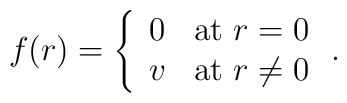
f(r) = \left\{\begin{array}{ll}0 & \mbox{at~} r= 0\\v & \mbox{at~} r\ne 0\end{array}\right..